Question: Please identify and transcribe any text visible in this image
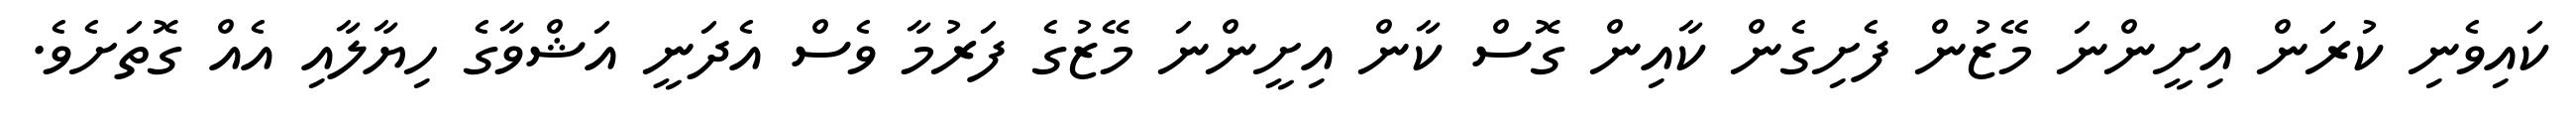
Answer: ކައިވެނި ކުރަން އިށީންނަ މޭޒުން ފެށިގެން ކާއިން ގޮސް ކާން އިށީންނަ މޭޒުގެ ފަރުމާ ވެސް އެދަނީ އަޝްވާގެ ހިޔާލާއި އެއް ގޮތަށެވެ.